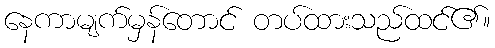
နေကာမျက်မှန်တောင် တပ်ထားသည်ထင်၏။